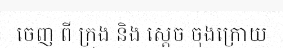
ចេញ ពី ក្រុង និង ស្តេច ចុងក្រោយ